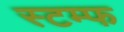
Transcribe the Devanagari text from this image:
स्टम्फ